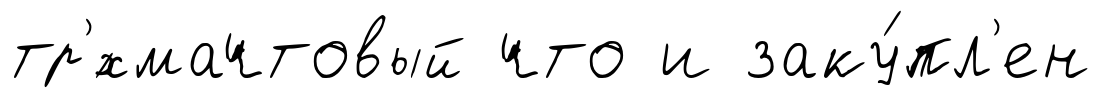
тр'́хмачтовый что и заку́пл'ен